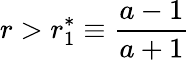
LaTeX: r>r_{1}^{*}\equiv\frac{a-1}{a+1}